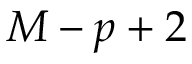
M - p + 2